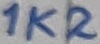
Text: 1K2